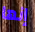
إنها